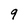
Character: 9